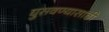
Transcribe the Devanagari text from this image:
घुसवण्यासाठी